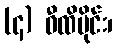
(၄) ဝီထိပိုင်း၊